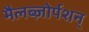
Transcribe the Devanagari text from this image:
मैलब्ज़ोर्पशन्